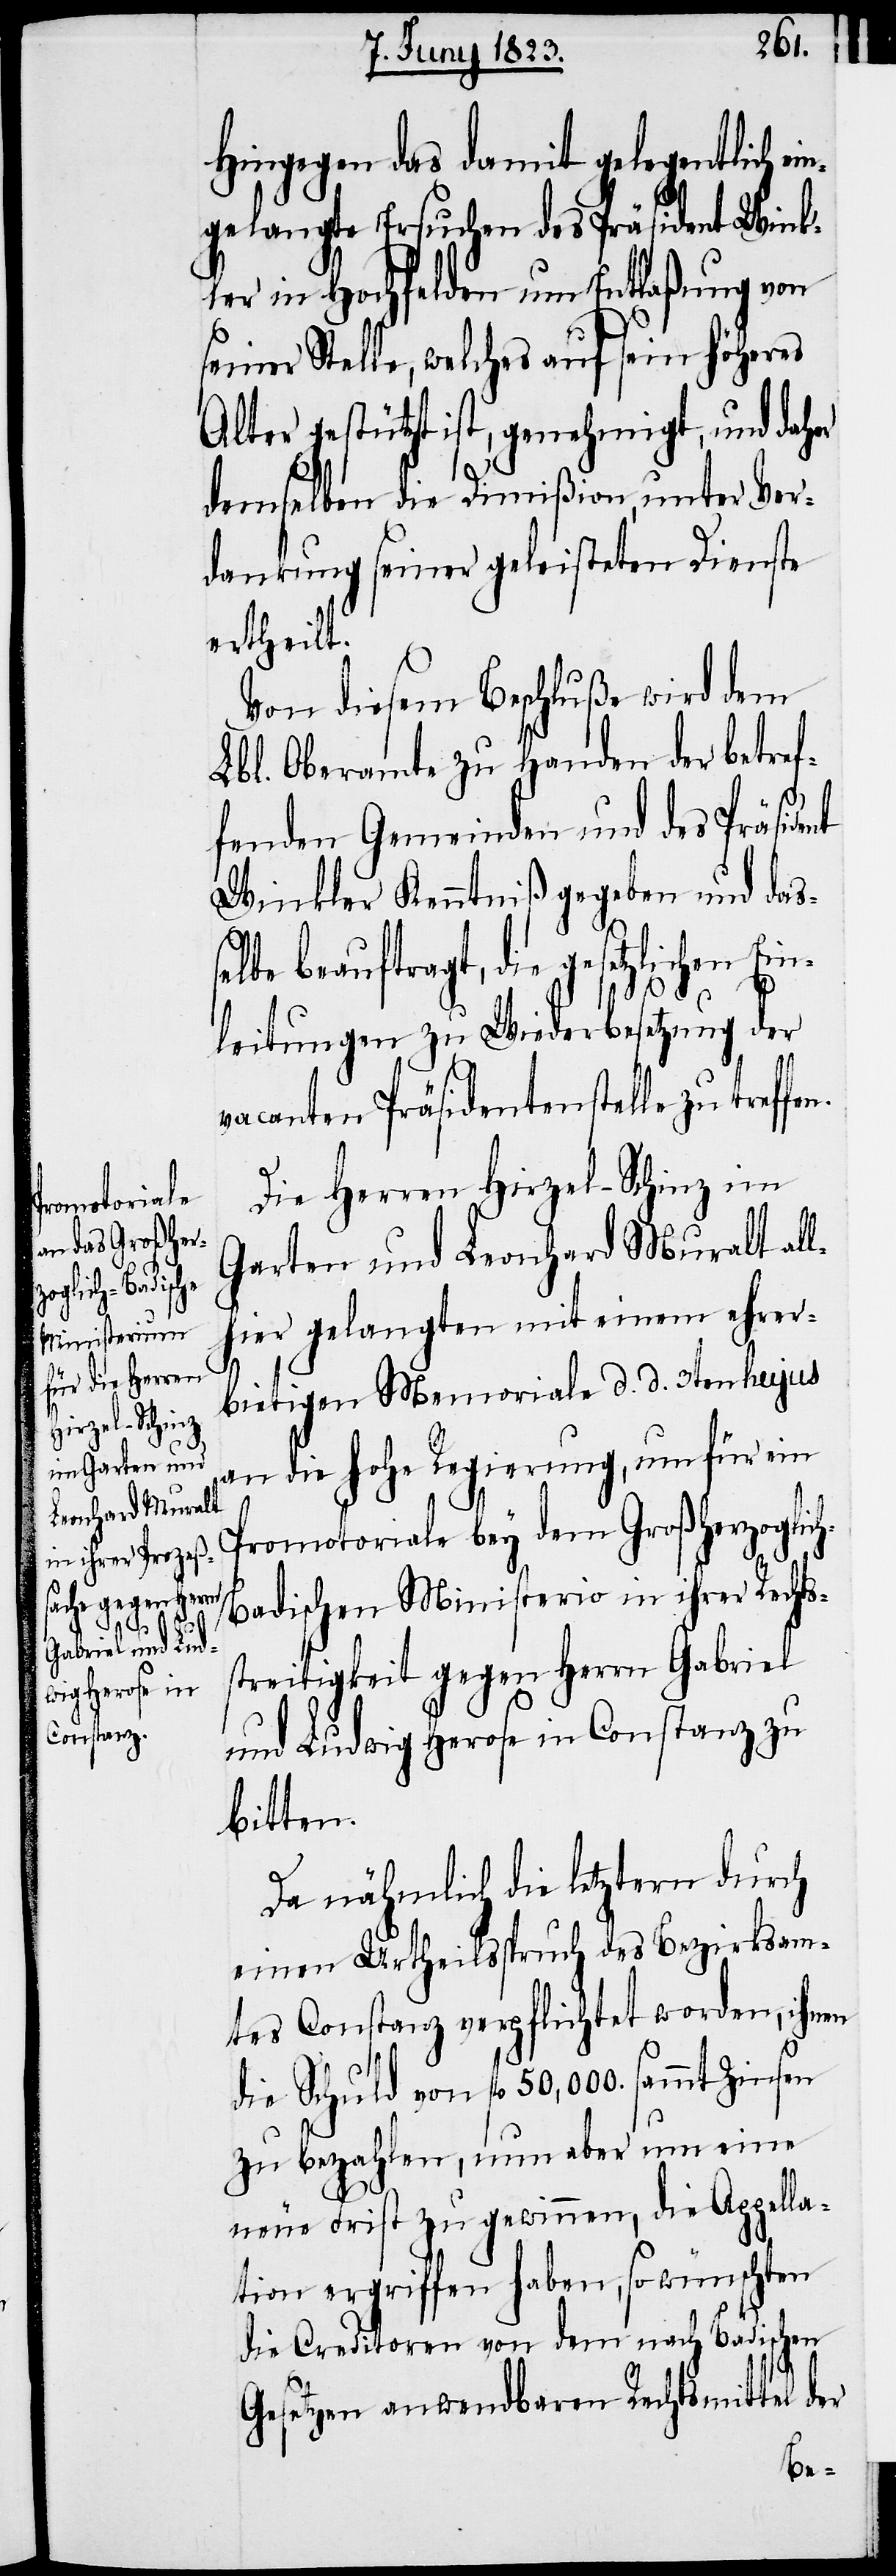
Hingegen das damit gelegentlich ei¬
ngelangte Ersuchen des Präsident Wink¬
ler in Hochfelden um Entlaßung von
seiner Stelle, welches auf sein höheres
Alter gestützt ist, genehmigt, und daher
demselben die Dimißion, unter Ver¬
dankung seiner geleisteten Dienste
ertheilt.
Von diesem Beschluße wird dem
Lbl. Oberamte zu Handen der betref¬
fenden Gemeinden und des Präsident
Winkler Kenntniß gegeben und daß¬
elbe beauftragt, die gesetzlichen Ein¬
leitungen zu Wiederbesetzung der
vacanten Präsidentenstelle zu treffe¬
Die Herren Hirzel-Schinz im
Garten und Leonhard Muralt all¬
hier gelangten mit einem ehrer¬
bietigen Memoriale d. d. 3ten hujus
an die hohe Regierung, um für ein
Promotoriale bey dem Großherzoglic¬
h-Badischen Ministerio in ihrer Rechts¬
streitigkeit gegen Herrn Gabriel
und Ludwig Herose in Constanz zu
bitten.
Da nähmlich die letztern durch
einen Urtheilsspruch des Bezirksam¬
tes Constanz verpflichtet worden, ihnen
die Schuld von fl. 50,000. sammt Zinsen
zu bezahlen, nun aber um eine
n.
neue Frist zu gewinnen, die Appella¬
tion ergriffen haben, so wünschten
die Creditoren von dem nach Badischen
Gesetzen anwendbaren Rechtsmittel der